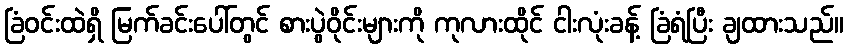
ခြံဝင်းထဲရှိ မြက်ခင်းပေါ်တွင် စားပွဲဝိုင်းများကို ကုလားထိုင် ငါးလုံးခန့် ခြံရံပြီး ချထားသည်။